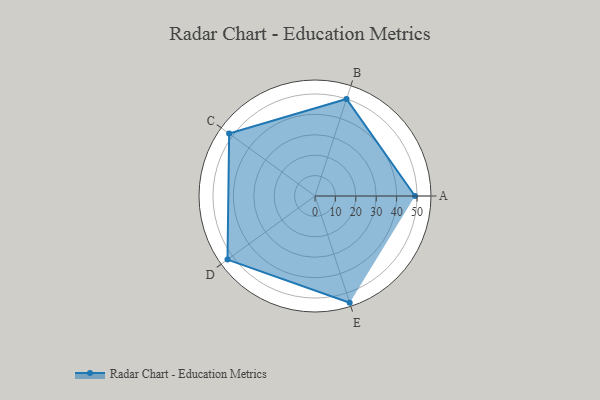
{"axis": {"x": "Skill", "y": "Score"}, "legend": ["Profile"], "data": [{"x": "A", "y": 49.0, "type": "Profile"}, {"x": "B", "y": 50.0, "type": "Profile"}, {"x": "C", "y": 52.0, "type": "Profile"}, {"x": "D", "y": 53.0, "type": "Profile"}, {"x": "E", "y": 55.0, "type": "Profile"}]}